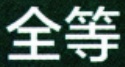
全等